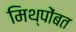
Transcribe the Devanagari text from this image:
मिथ्पोंबत